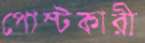
পোস্টকারী